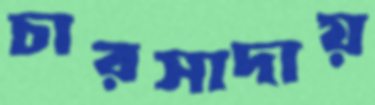
চারসাদায়